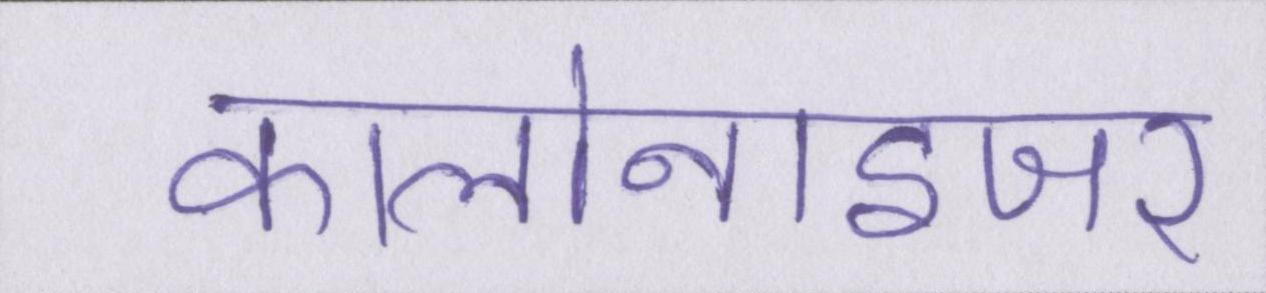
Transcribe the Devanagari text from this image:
कालोनाइजर